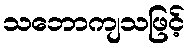
သဘောကျသဖြင့်